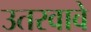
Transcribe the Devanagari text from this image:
उतरवावे